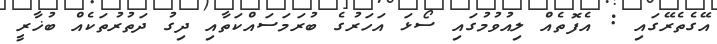
އޭގެތެރޭގައި : އެފޮތެއް ލިއުވުމުގައި ސޯޅަ އަހަރުގެ ބުރަމަސައްކަތާއި ދިގު ދަތުރުތަކެއް ބުޚާރީ